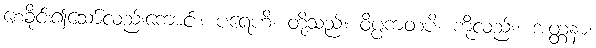
စေခိုင်း၍သော်လည်းကောင်း။ ပရေဟိ၊ တို့သည်။ ဝိပ္ပကတံပိ၊ ကိုလည်း။ အတ္တနာ၊